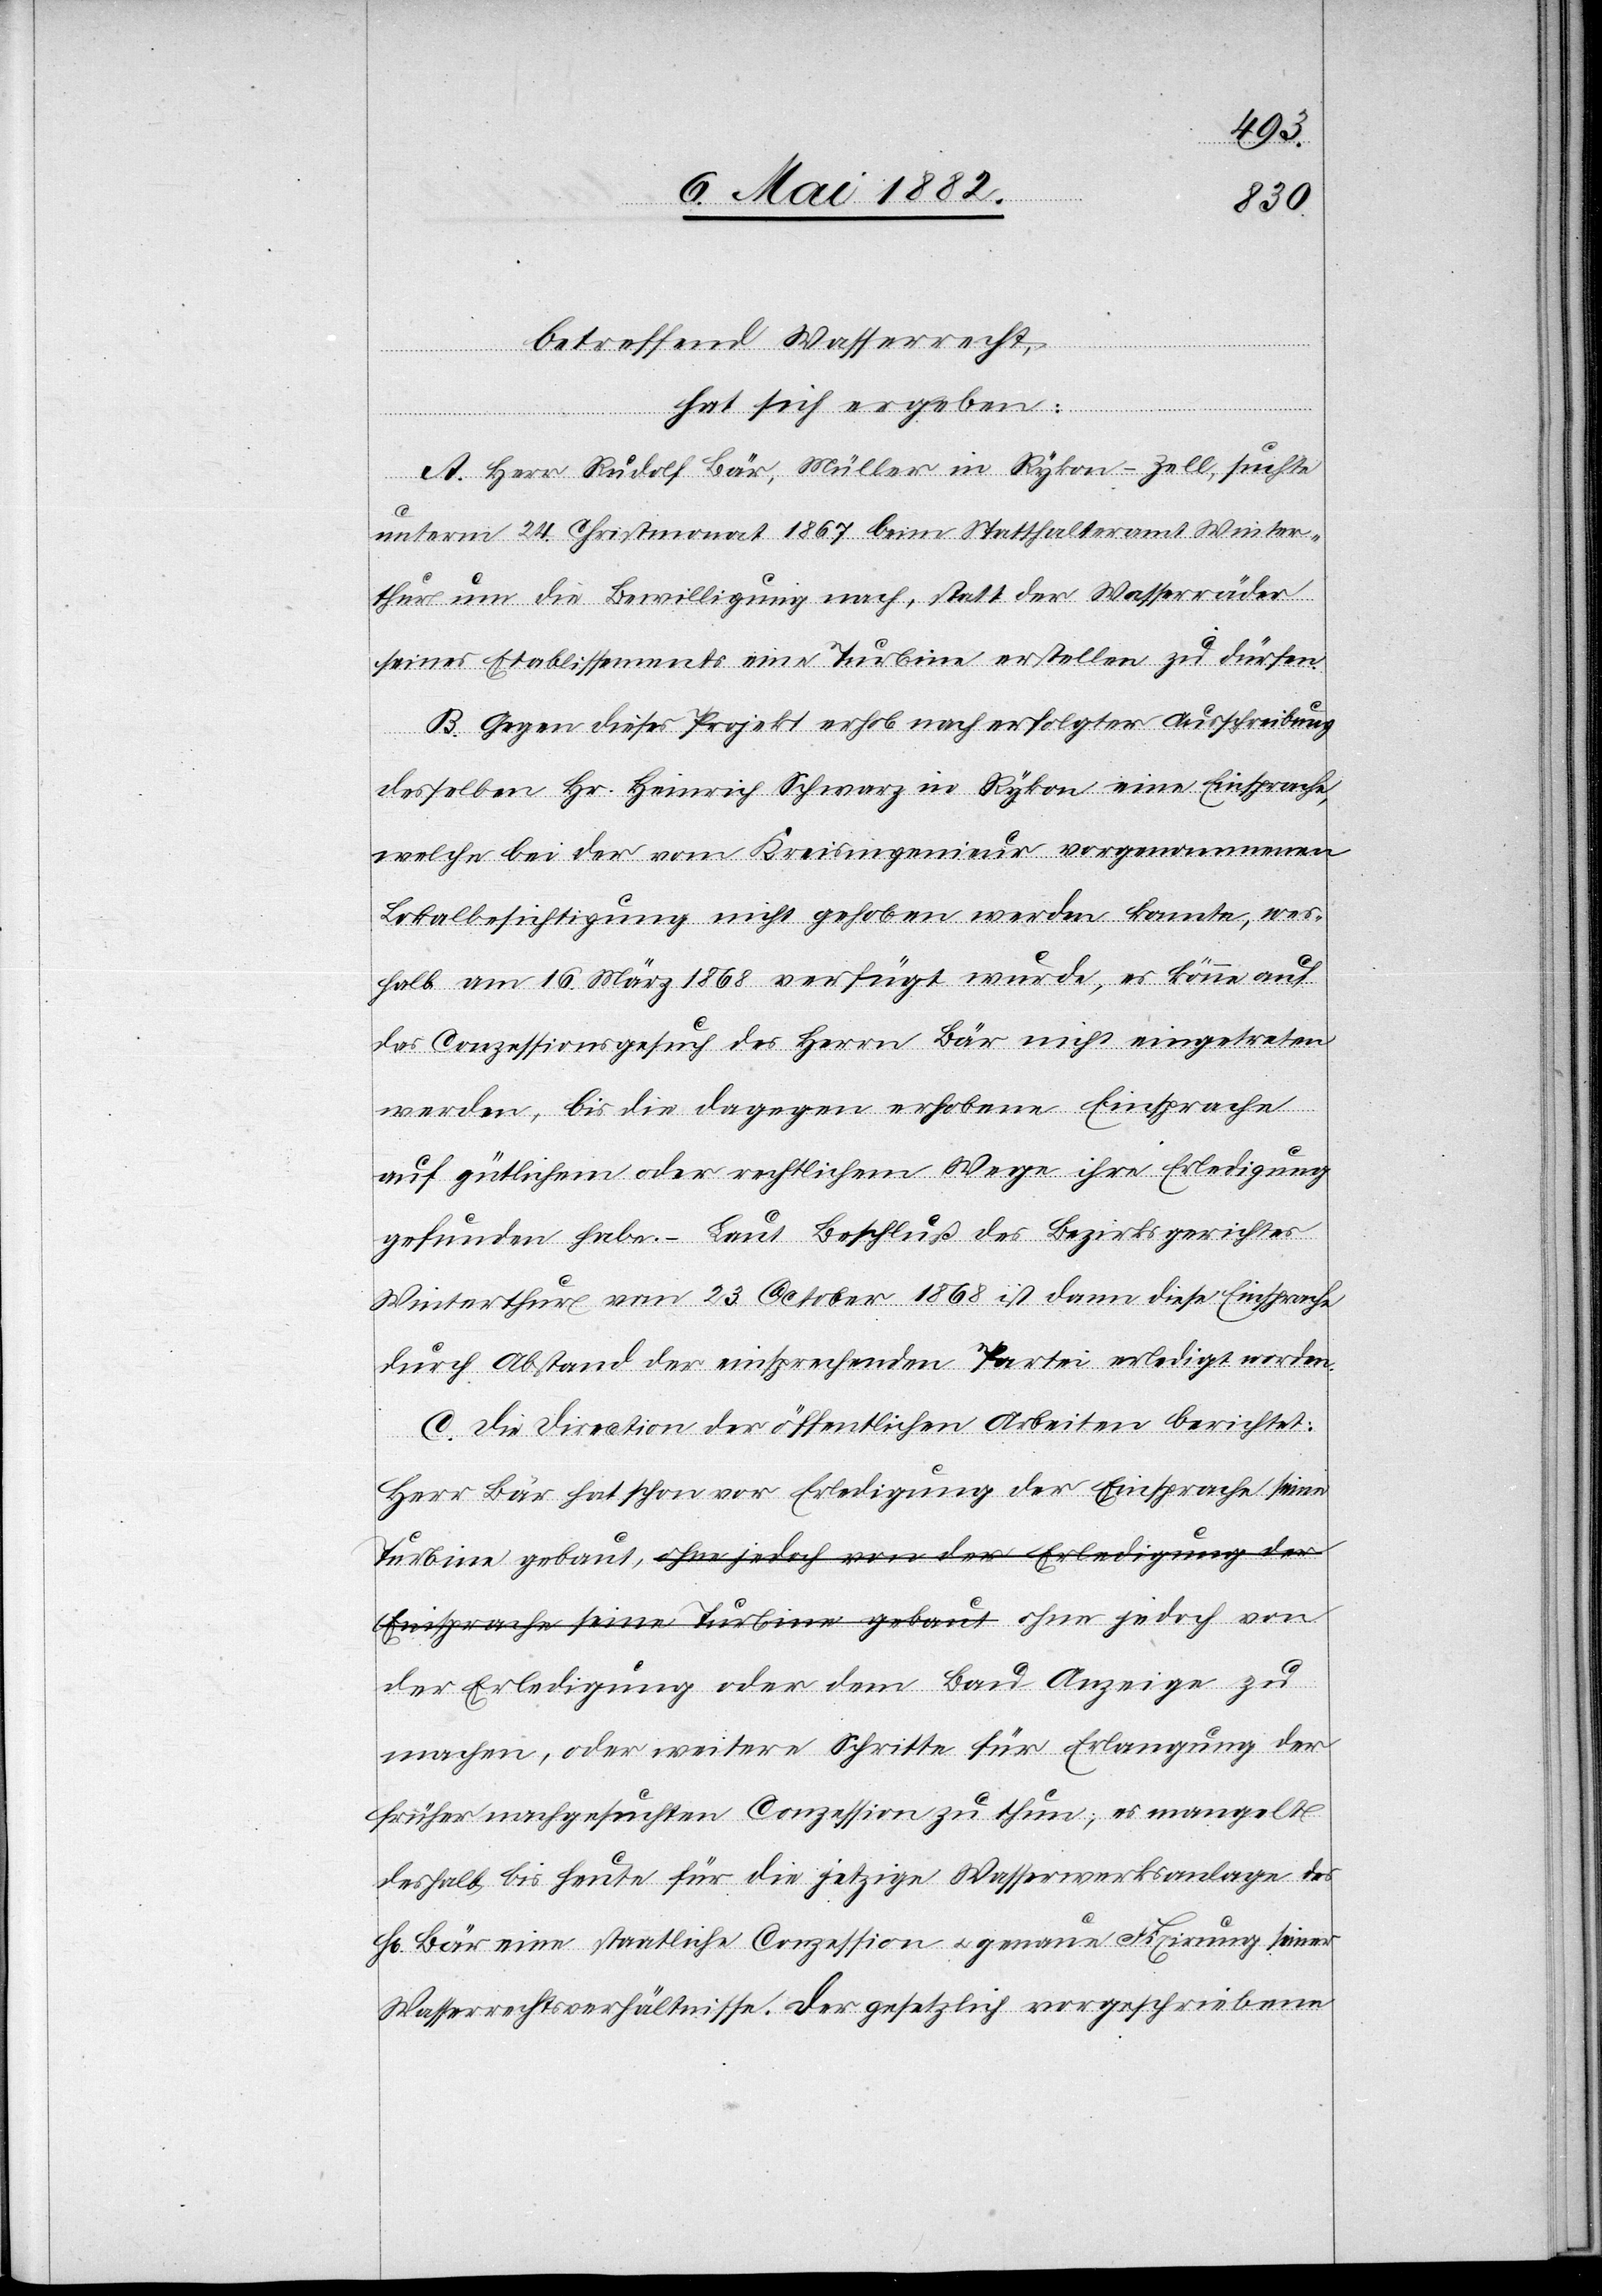
betreffend Wasserrecht,
hat sich ergeben:
dem
A. Herr Rudolf Bär, Müller in Rykon - Zell, suchte
unterm 24. Christmonat 1867 beim Statthalteramt Winter¬
thur um die Bewilligung nach, statt der Wasserräder
seines Etablissementes eine Turbine erstellen zu dürfen.
B. Gegen dieses Projekt erhob nach erfolgter Ausschreibung
desselben Hr. Heinrich Schwarz in Rykon eine Einsprache,
welche bei der vom Kreisingenieur vorgenommenen
Lokalbesichtigung nicht gehoben werden konnte, wes¬
halb am 16. März 1868 verfügt wurde, es könne auf
das Conzessionsgesuch des Herrn Bär nicht eingetreten
werden, bis die dagegen erhobene Einsprach
auf gütlichem oder rechtlichem Wege ihre Erledigung
gefunden habe. – Laut Beschluß des Bezirksgerichtes
Winterthur vom 23. October 1868 ist dann diese Einsprache
durch Abstand der einsprechenden Partei erledigt worden.
C. Die Direction der öffentlichen Arbeiten berichtet:
Herr Bär hat schon vor Erledigung der Einsprache seine
Turbine gebaut, ohne jedoch von der Erledigung oder
machen, oder weitere Schritte für Erlangung der
früher nachgesuchten Conzession zu thun; es mangelt
daselbst bis heute für die jetzige Wasserwerksanlage des
H[rn]. Bär eine staatliche Conzession u. genaue Fixirung seiner
Wasserrechtsverhältnisse. Der gesetzlich vorgeschriebene